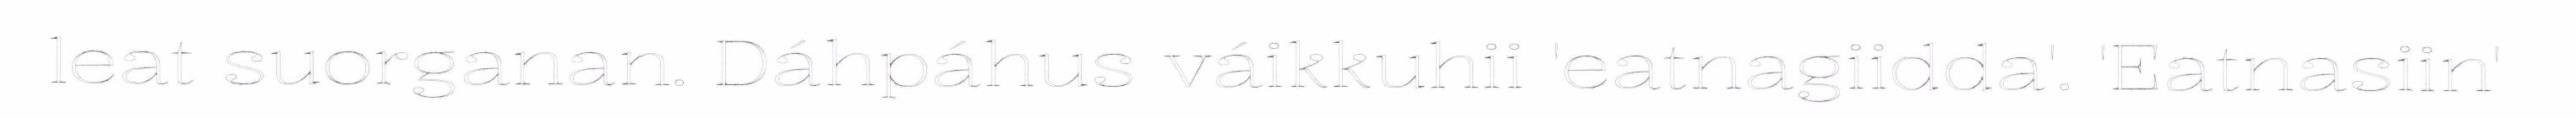
leat suorganan. Dáhpáhus váikkuhii 'eatnagiidda'. 'Eatnasiin'